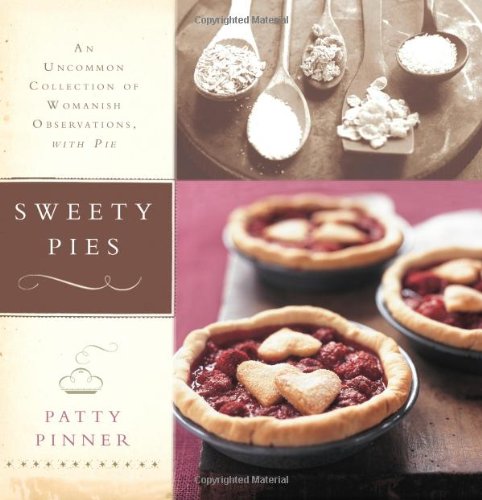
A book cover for Sweety Pies: An Uncommon Collection of Womanish Observations, with Pie; Patty Pinner; Cookbooks, Food & Wine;